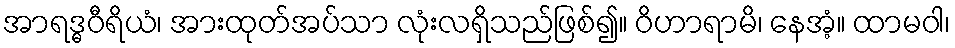
အာရဒ္ဓဝီရိယံ၊ အားထုတ်အပ်သာ လုံးလရှိသည်ဖြစ်၍။ ဝိဟာရာမိ၊ နေအံ့။ ထာမဝါ၊